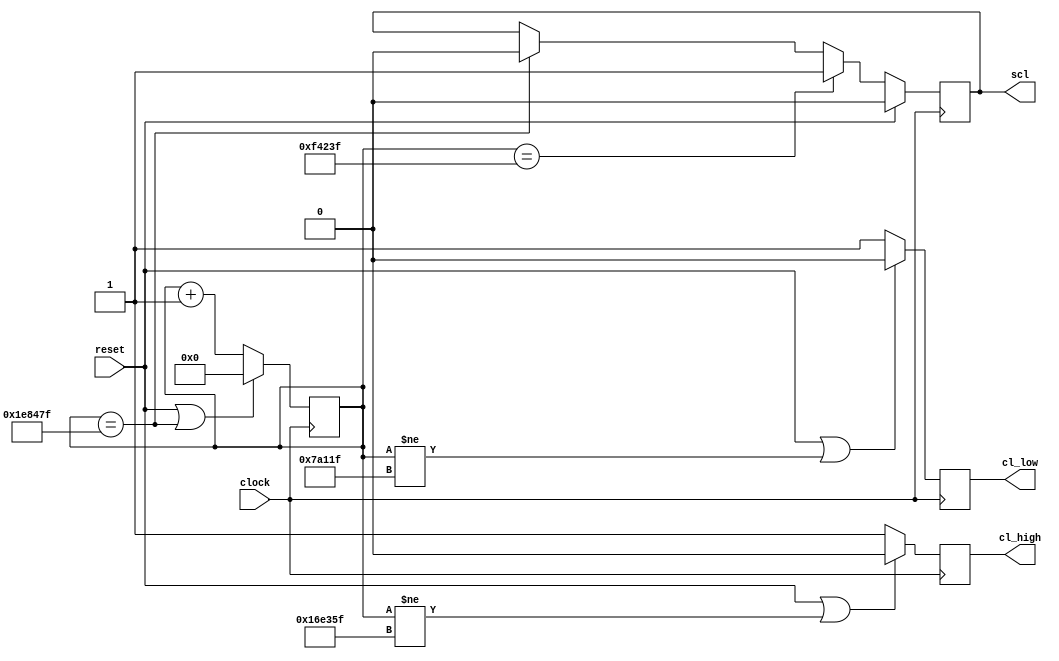
`default_nettype none
//`define TESTING_I2C

module i2c_clock_generator(
	clock,
	reset,
	scl,
	cl_low,
	cl_high
);

	`ifdef TESTING_I2C	
		parameter PERIOD      = 21'd1000;
	`else
		parameter PERIOD      = 21'd2000000;
	`endif
	parameter HALF_PERIOD = PERIOD >> 1;
	parameter QUAR_PERIOD = PERIOD >> 2;

	parameter ZERO = 21'd0;
	parameter ONE = 21'd1;

	input wire clock;
	input wire reset;
	output reg scl = 1'b0;
	output reg cl_low = 1'b0;
	output reg cl_high = 1'b0;
	
	reg [20:0] counter = ZERO;

	always @(posedge clock) begin
		if(reset || counter == (PERIOD-ONE)) begin
			counter <= ZERO;
		end
		else begin
			counter <= counter + ONE;
		end

		if(reset) begin
			scl <= 1'b0;
		end
		else if(counter == (HALF_PERIOD-ONE)) begin
			scl <= 1'b1;
		end
		else if(counter == (PERIOD-ONE)) begin
			scl <= 1'b0;
		end
		else begin
			scl <= scl;
		end

		if(reset || counter != (HALF_PERIOD-QUAR_PERIOD-ONE)) begin
			cl_low <= 1'b0;
		end
		else begin
			cl_low <= 1'b1;
		end

		if(reset || counter != (HALF_PERIOD+QUAR_PERIOD-ONE)) begin
			cl_high <= 1'b0;
		end
		else begin
			cl_high <= 1'b1;
		end
	end
endmodule